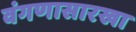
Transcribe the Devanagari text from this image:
वंगणासारखा